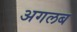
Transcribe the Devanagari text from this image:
अगलब